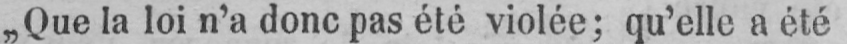
„Que la loi n’a donc pas été violée; qu’elle a été